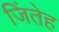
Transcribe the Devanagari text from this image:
जिंतेह